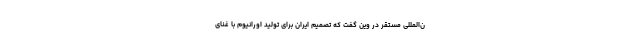
ن‌المللی مستقر در وین گفت که تصمیم ایران برای تولید اورانیوم با غنای